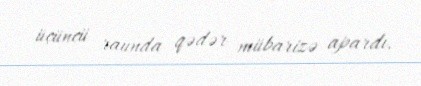
üçüncü raunda qədər mübarizə apardı.